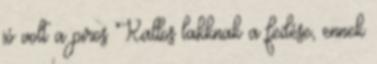
jó volt a piros Kallos lakknak a fedése, ennek